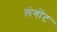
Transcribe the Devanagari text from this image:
लंगोंट